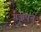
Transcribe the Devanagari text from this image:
गञ्जेपन